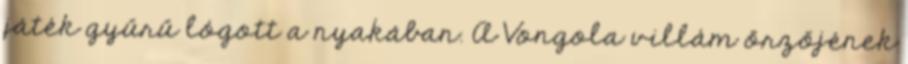
játék gyűrű lógott a nyakában. A Vongola villám őrzőjének